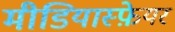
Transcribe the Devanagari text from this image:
मीडियास्फ़ेयर